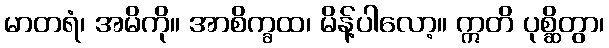
မာတရံ၊ အမိကို။ အာစိက္ခထ၊ မိန့်ပါလော့။ ဣတိ ပုစ္ဆိတွာ၊